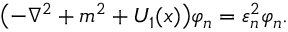
\bigl ( - \nabla ^ { 2 } + m ^ { 2 } + U _ { 1 } ( x ) \bigr ) \varphi _ { n } = \varepsilon _ { n } ^ { 2 } \varphi _ { n } .